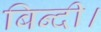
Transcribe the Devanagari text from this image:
बिन्दी।